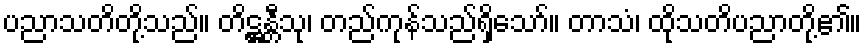
ပညာသတိတို့သည်။ တိဋ္ဌန္တီသု၊ တည်ကုန်သည်ရှိသော်။ တာသံ၊ ထိုသတိပညာတို့၏။